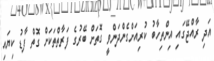
އަދި ރާއްޖޭގައި އިންތިހާބު ކުރިއަށްގެންދަންވީ ގޮތަށް ބޭރުގެ ފަރާތްތަކަށް ގޮތް ފާޑު ކިޔައި